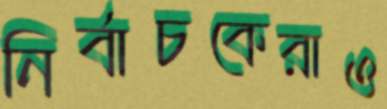
নির্বাচকেরাও